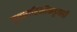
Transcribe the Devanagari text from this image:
वृत्तवाहिनीकडूनही